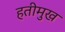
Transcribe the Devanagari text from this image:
हतीमुख